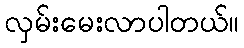
လှမ်းမေးလာပါတယ်။